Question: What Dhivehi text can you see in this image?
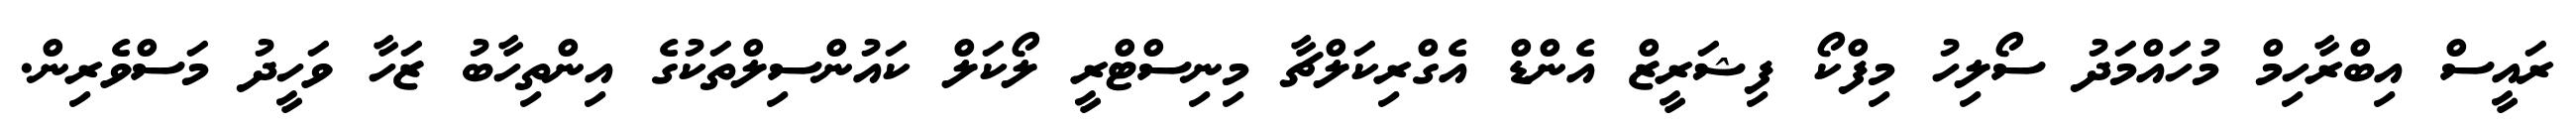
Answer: ރައީސް އިބްރާހިމް މުހައްމަދު ސޯލިހު މިފްކޯ ފިޝަރީޒް އެންޑް އެގްރިކަލްޗާ މިނިސްޓްރީ ލޯކަލް ކައުންސިލްތަކުގެ އިންތިހާބު ޒަހާ ވަހީދު މަސްވެރިން.